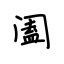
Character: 阖